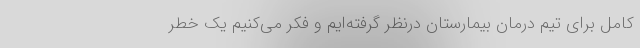
کامل برای تیم درمان بیمارستان درنظر گرفته‌ایم و فکر می‌کنیم یک خطر